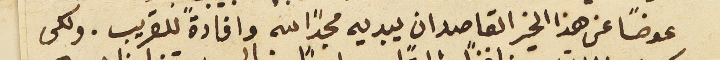
عوضاً عن هذا الخير القاصدان يبديه مجدًا لله وافادة للقريب. ولكى